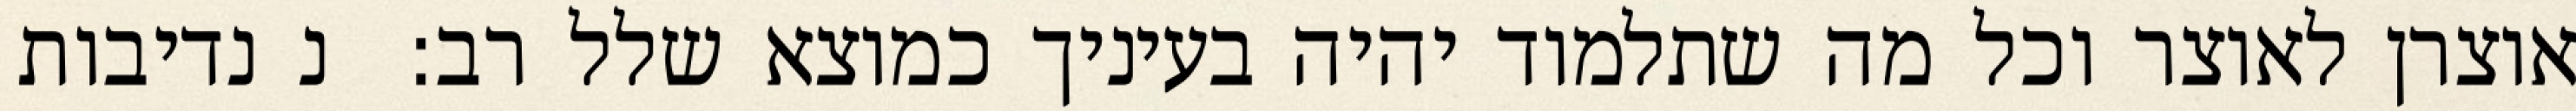
אוצרן לאוצר וכל מה שתלמוד יהיה בעיניך כמוצא שלל רב:  נ נדיבות